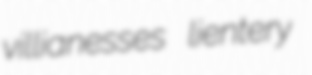
villianesses lientery